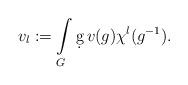
LaTeX: \begin{align*}v_{l}:=\int\limits_{G}\d g\,v(g)\chi ^l(g^{-1}).\end{align*}